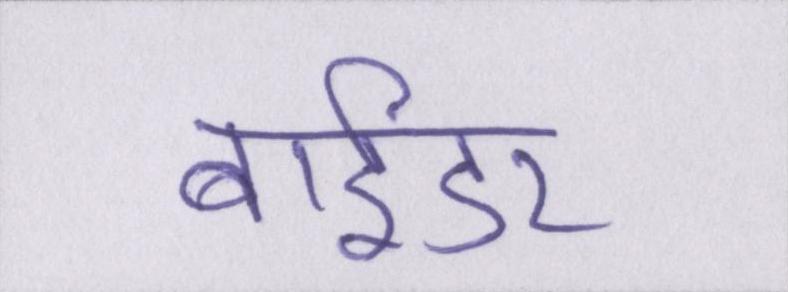
बाईडर